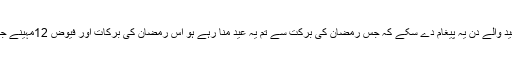
تا کہ ہمیں عید والے دن یہ پیغام دے سکے کہ جس رمضان کی برکت سے تم یہ عید منا رہے ہو اس رمضان کی برکات اور فیوض 12مہینے جاری رکھنا ۔